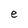
Character: e